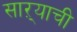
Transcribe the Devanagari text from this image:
साऱ्याची